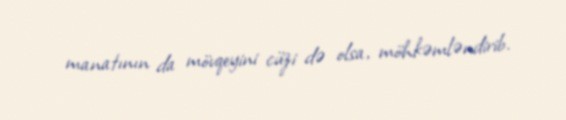
manatının da mövqeyini cüzi də olsa, möhkəmləndirib.